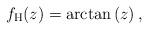
LaTeX: \begin{align*}f_{\mathrm{H}} (z) = \arctan \left( z \right),\end{align*}